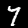
Digit: 7